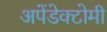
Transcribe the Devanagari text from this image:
अपेंडेक्टोमी